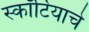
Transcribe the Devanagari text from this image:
स्कॉटियाचे